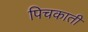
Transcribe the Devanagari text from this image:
पिचकाती